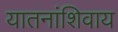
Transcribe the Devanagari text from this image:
यातनांशिवाय